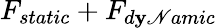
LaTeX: F_{static}+F_{d\mathbf{y}\mathscr{N}amic}